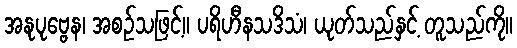
အနုပုဗ္ဗေန၊ အစဉ်သဖြင့်။ ပရိဟီနသဒိသံ၊ ယုတ်သည်နှင့် တူသည်ကို။